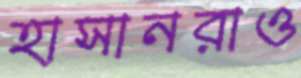
হাসানরাও